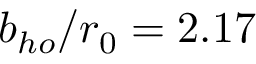
b _ { h o } / r _ { 0 } = 2 . 1 7